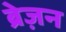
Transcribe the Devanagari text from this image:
ब्रेज़न